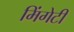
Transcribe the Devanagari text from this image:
मिंगेटी